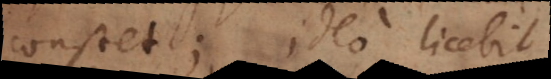
constet; ideo licebit